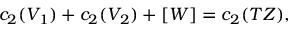
c _ { 2 } ( V _ { 1 } ) + c _ { 2 } ( V _ { 2 } ) + [ W ] = c _ { 2 } ( T Z ) ,